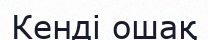
Кенді ошақ